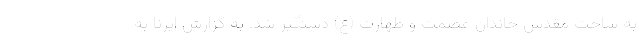
به ساحت مقدس خاندان عصمت و طهارت (ع) دستگیر شد. به گزارش ایرنا به